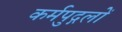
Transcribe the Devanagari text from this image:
कर्मपुद्गलों